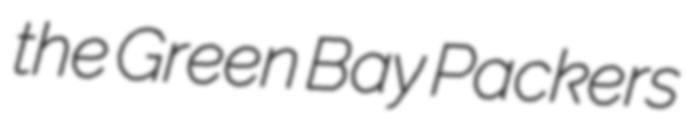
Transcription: the Green Bay Packers